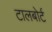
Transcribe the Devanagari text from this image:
टालबोर्ट